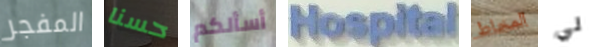
المفجر حسنا أسألكم Hospital المخاط لي